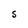
Character: S